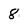
Character: 8